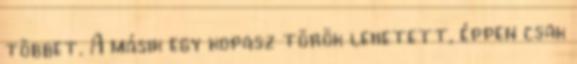
többet. A másik egy kopasz török lehetett, éppen csak